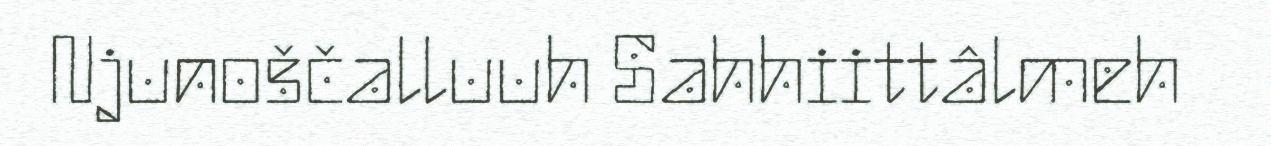
Njunoščalluuh Sahhiittâlmeh